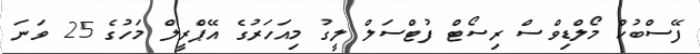
ފޭސްބުކް މޯލްޑިވްސް ރިސޯޓް ފުޓްސަލް ލީގު މިއަހަރުގެ އޭޕްރީލް މަހުގެ 25 ވަނަ